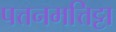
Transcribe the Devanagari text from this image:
पत्तनमत्तिट्टा